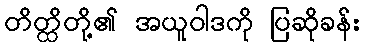
တိတ္ထိတို့၏ အယူဝါဒကို ပြဆိုခန်း